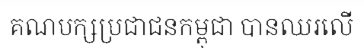
គណបក្សប្រជាជនកម្ពុជា បានឈរលើ